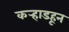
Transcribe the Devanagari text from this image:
कर्‍हाडहून